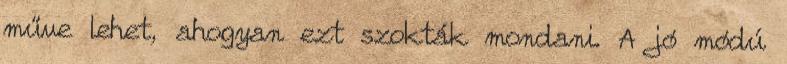
műve lehet, ahogyan ezt szokták mondani. A jó módú